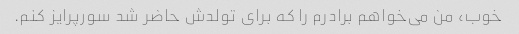
خوب، من می‌خواهم برادرم را که برای تولدش حاضر شد سورپرایز کنم.